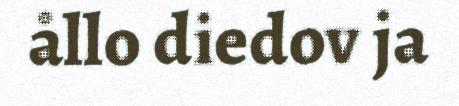
ållo diedov ja